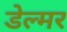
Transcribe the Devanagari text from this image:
डेल्मर